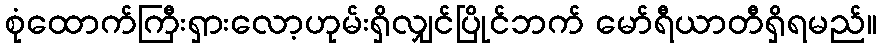
စုံထောက်ကြီးရှားလော့ဟုမ်းရှိလျှင်ပြိုင်ဘက် မော်ရီယာတီရှိရမည်။